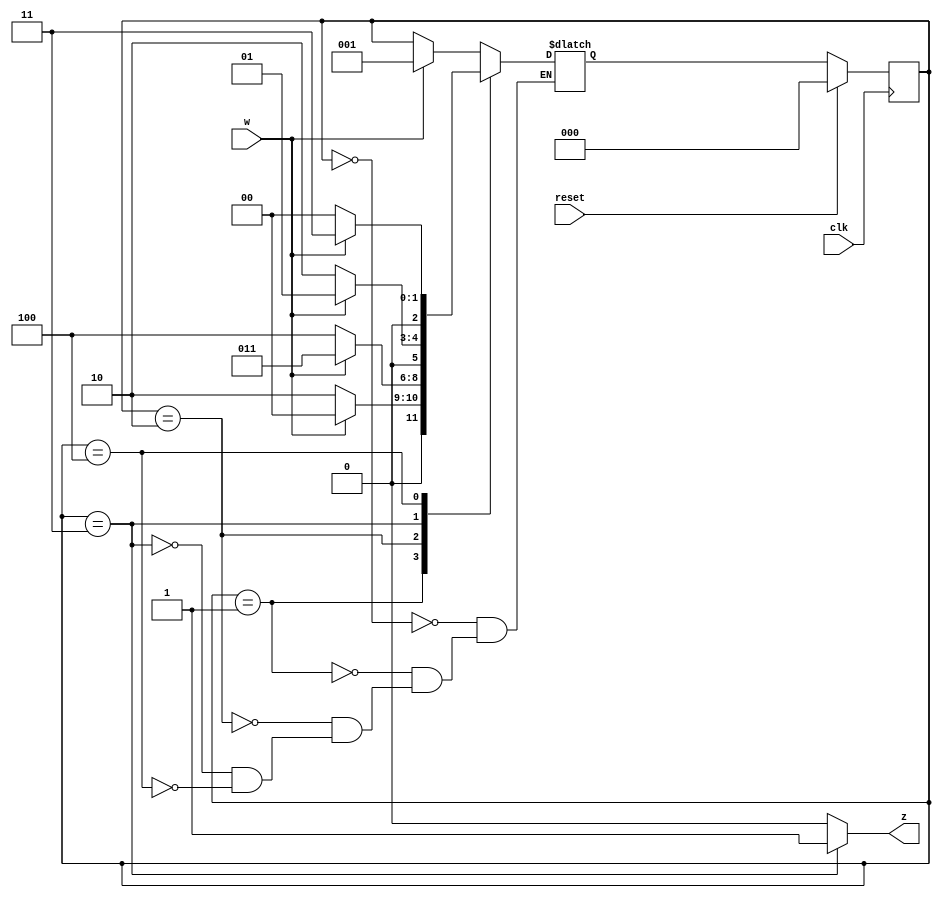
module sequence_detector_2(w, z, clk, reset);

  input wire w, clk, reset;
  output z;

  localparam [2:0] a = 0, //00
                   b = 1, // 01
                   c = 2,// 10
                   d = 3, // 11
                   e = 4;// 100
                 
  reg [2:0] state_reg, state_next;

  always @(posedge clk)
    if (reset) begin
      state_reg <= a;
    end 
    else 
      state_reg <= state_next;

  assign z = (state_reg == d) ? 1 : 0;

  always @(state_reg or w)
    case(state_reg)
      a: begin 
       if(w)
         state_next = b;
       else 
         state_next = state_reg;
      end
      b: 
      begin 
      if(w)
        state_next = a;
      else
        state_next = c;
      end
      c:
      begin 
      if (w) begin
        state_next = d;
        end
      else begin
        state_next = e;
        end
      end 
      d:
      begin
        if (w)
          state_next = b;
        else 
          state_next = c;
      end 
      e:
      begin 
        if(w) begin 
          state_next = d;
        end 
        else begin 
          state_next = a;
        end 
      end 
    endcase
endmodule